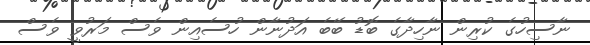
ނާސިހުގެ ކުރިން ނާހިދާގެ ބޮޑު ބޭބެ އަދުނާން ހުސެއިން ވެސް މަރުވީ ވެސް